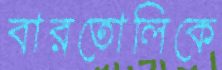
বারতোলিকে